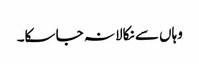
وہاں سے نکالا نہ جا سکا۔